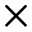
\times